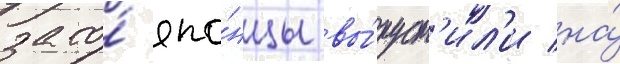
зато́ япо́нцы вы́пуст'ил'и на́